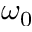
\omega _ { 0 }